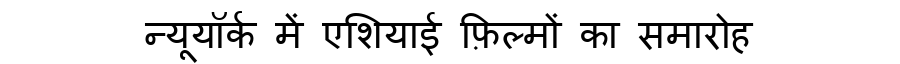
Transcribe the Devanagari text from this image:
न्यूयॉर्क में एशियाई फ़िल्मों का समारोह